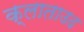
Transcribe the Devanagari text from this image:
क्लाताउद